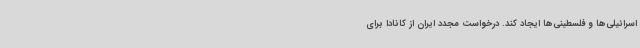
اسرائیلی‌ها و فلسطینی‌ها ایجاد کند. درخواست مجدد ایران از کانادا برای